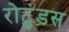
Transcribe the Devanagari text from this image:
रोटुंडस